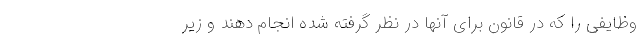
وظایفی را که در قانون برای آنها در نظر گرفته‌ شده انجام دهند و زیر